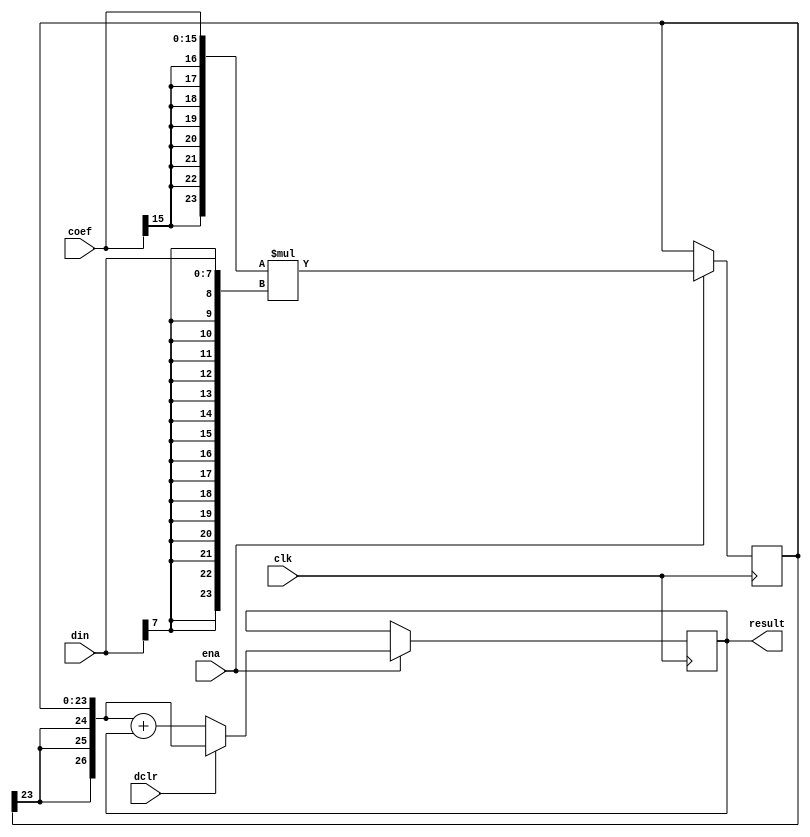
module dct_mac(clk, ena, dclr, din, coef, result);

	//
	// parameters
	//
	parameter dwidth = 8;
	parameter cwidth = 16;
	parameter mwidth = dwidth + cwidth;  // multiplier result
	parameter rwidth = mwidth +3;        // add 3 bits for growth

	//
	// inputs & outputs
	//
	input               clk;    // clock input
	input               ena;    // clock enable
	input               dclr;   // start new mac (delayed 1 cycle)
	input  [dwidth-1:0] din;    // data input
	input  [cwidth-1:0] coef;   // coefficient input
	output [rwidth-1:0] result; // mac-result
	reg [rwidth -1:0] result;

	//
	// variables
	//
	wire [mwidth-1:0] idin;
	wire [mwidth-1:0] icoef;

	reg  [mwidth -1:0] mult_res /* synthesis syn_multstyle="block_mult" syn_pipeline=1*/ ;
	wire [rwidth -1:0] ext_mult_res;


	//
	// module body
	//
	assign icoef = { {(mwidth-cwidth){coef[cwidth-1]}}, coef};
	assign idin  = { {(mwidth-dwidth){din[dwidth-1]}}, din};

	// generate multiplier structure
	always @(posedge clk)
	  if(ena)
	    mult_res <= #1 icoef * idin;

	assign ext_mult_res = { {3{mult_res[mwidth-1]}}, mult_res};

	// generate adder structure
	always @(posedge clk)
	  if(ena)
	    if(dclr)
	      result <= #1 ext_mult_res;
	    else
	      result <= #1 ext_mult_res + result;
endmodule